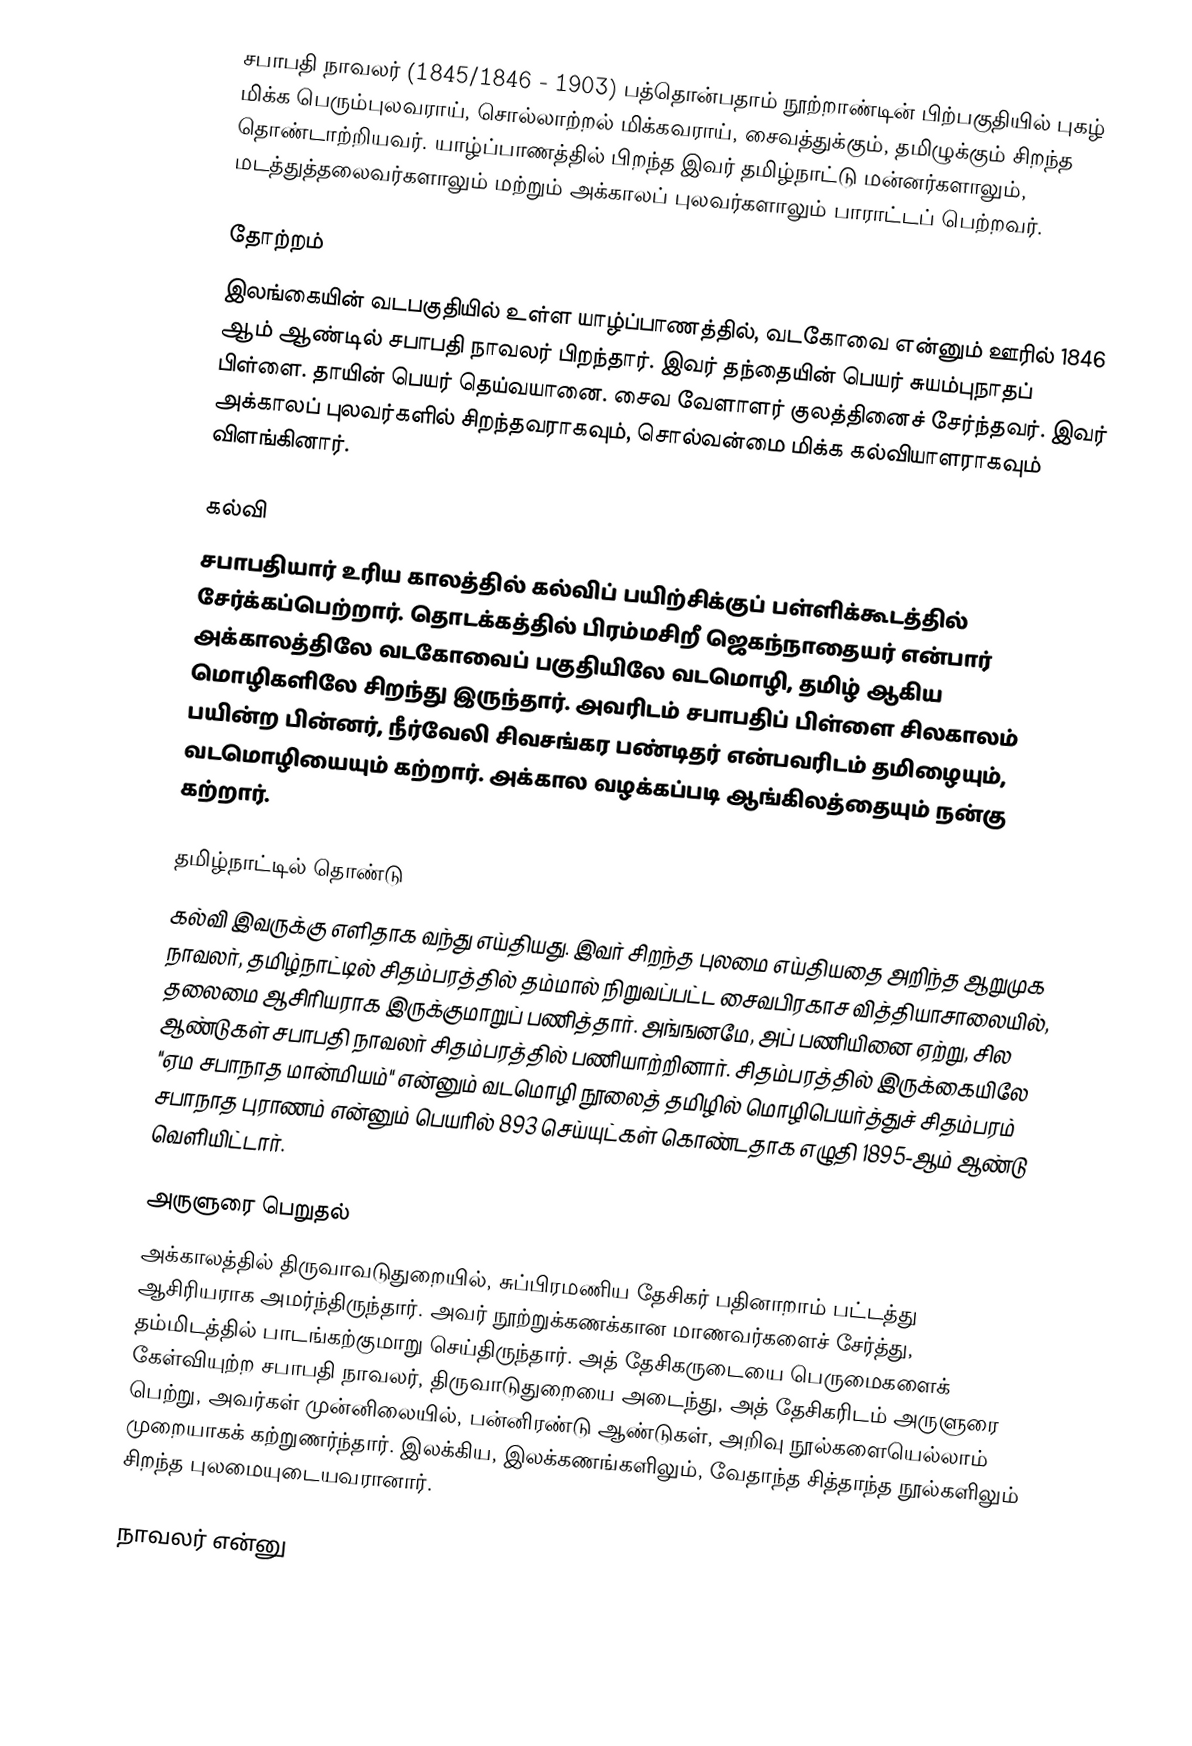
சபாபதி நாவலர் (1845/1846 - 1903) பத்தொன்பதாம் நூற்றாண்டின் பிற்பகுதியில் புகழ் மிக்க பெரும்புலவராய், சொல்லாற்றல் மிக்கவராய், சைவத்துக்கும், தமிழுக்கும் சிறந்த தொண்டாற்றியவர். யாழ்ப்பாணத்தில் பிறந்த இவர் தமிழ்நாட்டு மன்னர்களாலும், மடத்துத்தலைவர்களாலும் மற்றும் அக்காலப் புலவர்களாலும் பாராட்டப் பெற்றவர்.

தோற்றம்
இலங்கையின் வடபகுதியில் உள்ள யாழ்ப்பாணத்தில், வடகோவை என்னும் ஊரில்  1846 ஆம் ஆண்டில் சபாபதி நாவலர் பிறந்தார்.  இவர் தந்தையின் பெயர் சுயம்புநாதப் பிள்ளை.  தாயின் பெயர் தெய்வயானை. சைவ வேளாளர் குலத்தினைச் சேர்ந்தவர். இவர் அக்காலப் புலவர்களில் சிறந்தவராகவும், சொல்வன்மை மிக்க கல்வியாளராகவும் விளங்கினார்.

கல்வி
சபாபதியார் உரிய காலத்தில் கல்விப் பயிற்சிக்குப் பள்ளிக்கூடத்தில் சேர்க்கப்பெற்றார். தொடக்கத்தில் பிரம்மசிறீ ஜெகந்நாதையர் என்பார் அக்காலத்திலே வடகோவைப் பகுதியிலே வடமொழி, தமிழ் ஆகிய மொழிகளிலே சிறந்து இருந்தார். அவரிடம் சபாபதிப் பிள்ளை சிலகாலம் பயின்ற பின்னர், நீர்வேலி சிவசங்கர பண்டிதர் என்பவரிடம் தமிழையும், வடமொழியையும் கற்றார். அக்கால வழக்கப்படி ஆங்கிலத்தையும் நன்கு கற்றார்.

தமிழ்நாட்டில் தொண்டு
கல்வி இவருக்கு எளிதாக வந்து எய்தியது. இவர் சிறந்த புலமை எய்தியதை அறிந்த ஆறுமுக நாவலர், தமிழ்நாட்டில் சிதம்பரத்தில் தம்மால் நிறுவப்பட்ட சைவபிரகாச வித்தியாசாலையில், தலைமை ஆசிரியராக இருக்குமாறுப் பணித்தார். அங்ஙனமே, அப் பணியினை ஏற்று, சில ஆண்டுகள் சபாபதி நாவலர் சிதம்பரத்தில் பணியாற்றினார். சிதம்பரத்தில் இருக்கையிலே "ஏம சபாநாத மான்மியம்" என்னும் வடமொழி நூலைத் தமிழில் மொழிபெயர்த்துச் சிதம்பரம் சபாநாத புராணம் என்னும் பெயரில் 893 செய்யுட்கள் கொண்டதாக எழுதி 1895-ஆம் ஆண்டு வெளியிட்டார்.

அருளுரை பெறுதல்
அக்காலத்தில் திருவாவடுதுறையில், சுப்பிரமணிய தேசிகர் பதினாறாம் பட்டத்து ஆசிரியராக அமர்ந்திருந்தார். அவர் நூற்றுக்கணக்கான மாணவர்களைச் சேர்த்து, தம்மிடத்தில் பாடங்கற்குமாறு செய்திருந்தார். அத் தேசிகருடையை பெருமைகளைக் கேள்வியுற்ற சபாபதி நாவலர், திருவாடுதுறையை அடைந்து, அத் தேசிகரிடம் அருளுரை பெற்று, அவர்கள் முன்னிலையில், பன்னிரண்டு ஆண்டுகள், அறிவு நூல்களையெல்லாம் முறையாகக் கற்றுணர்ந்தார். இலக்கிய, இலக்கணங்களிலும், வேதாந்த சித்தாந்த நூல்களிலும் சிறந்த புலமையுடையவரானார்.

நாவலர் என்னு